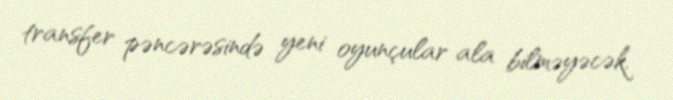
transfer pəncərəsində yeni oyunçular ala bilməyəcək.